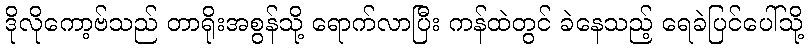
ဒိုလိုကော့ဗ်သည် တာရိုးအစွန်သို့ ရောက်လာပြီး ကန်ထဲတွင် ခဲနေသည့် ရေခဲပြင်ပေါ်သို့